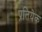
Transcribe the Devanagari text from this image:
प्रतियेक